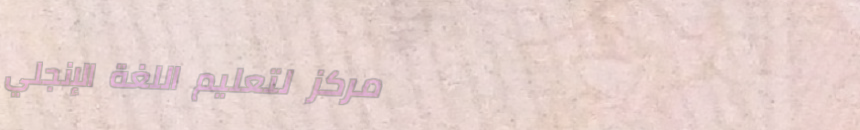
مركز لتعليم اللغة الإنجلي